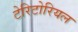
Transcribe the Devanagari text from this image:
टेरिटोरियल